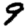
Digit: 9